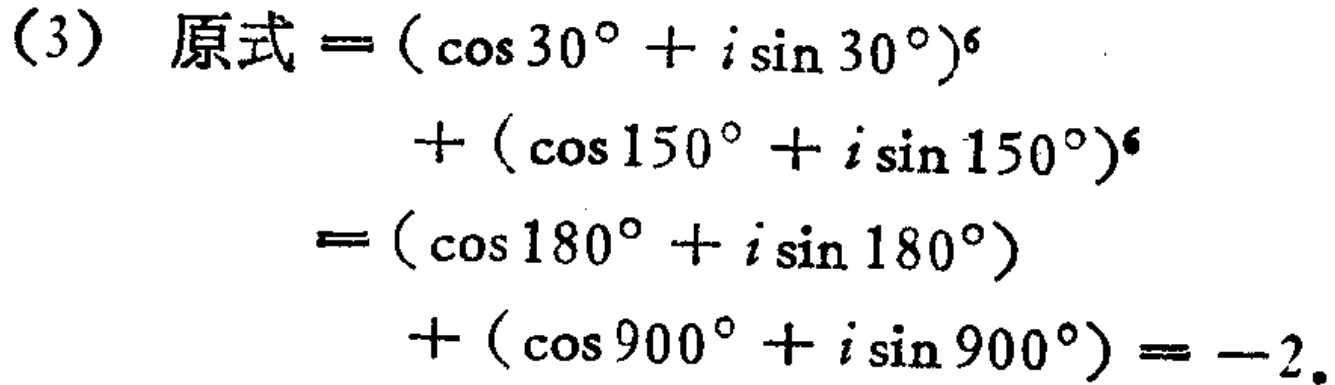
\[(3)\text{ 原式}=(\cos 30^{\circ}+i\sin 30^{\circ})^{6}\]

\[+(\cos 150^{\circ}+i\sin 150^{\circ})^{6}\]

\[=(\cos 180^{\circ}+i\sin 180^{\circ})\]

\[+(\cos 900^{\circ}+i\sin 900^{\circ})=-2.\]